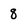
Character: 8